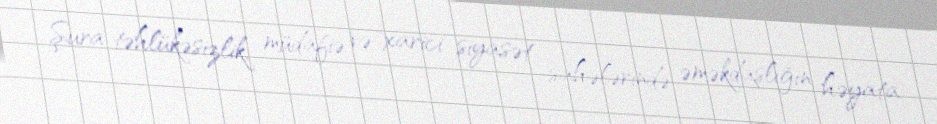
Şura təhlükəsizlik, müdafiə və xarici siyasət sahələrində əməkdaşlığın həyata